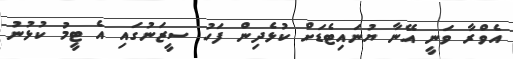
އެވްރާ ވަނީ އޭނާ ޔުނައިޓެޑަށް ކުޅެދިން ފަހު ސީޒަނުގައި އެ ޓީމު ކުޅުނު